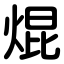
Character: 焜